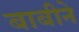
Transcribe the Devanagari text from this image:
बाबीने